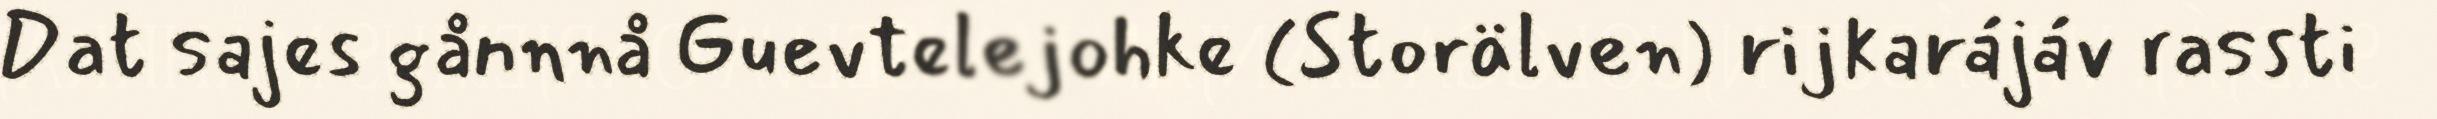
Dat sajes gånnnå Guevtelejohke (Storälven) rijkarájáv rassti